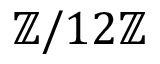
\mathbb { Z } / 1 2 \mathbb { Z }